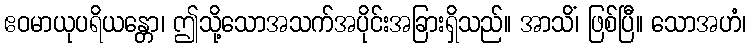
ဧဝမာယုပရိယန္တော၊ ဤသို့သောအသက်အပိုင်းအခြားရှိသည်။ အာသိံ၊ ဖြစ်ပြီ။ သောအဟံ၊